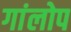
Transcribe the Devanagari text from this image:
गांलोप